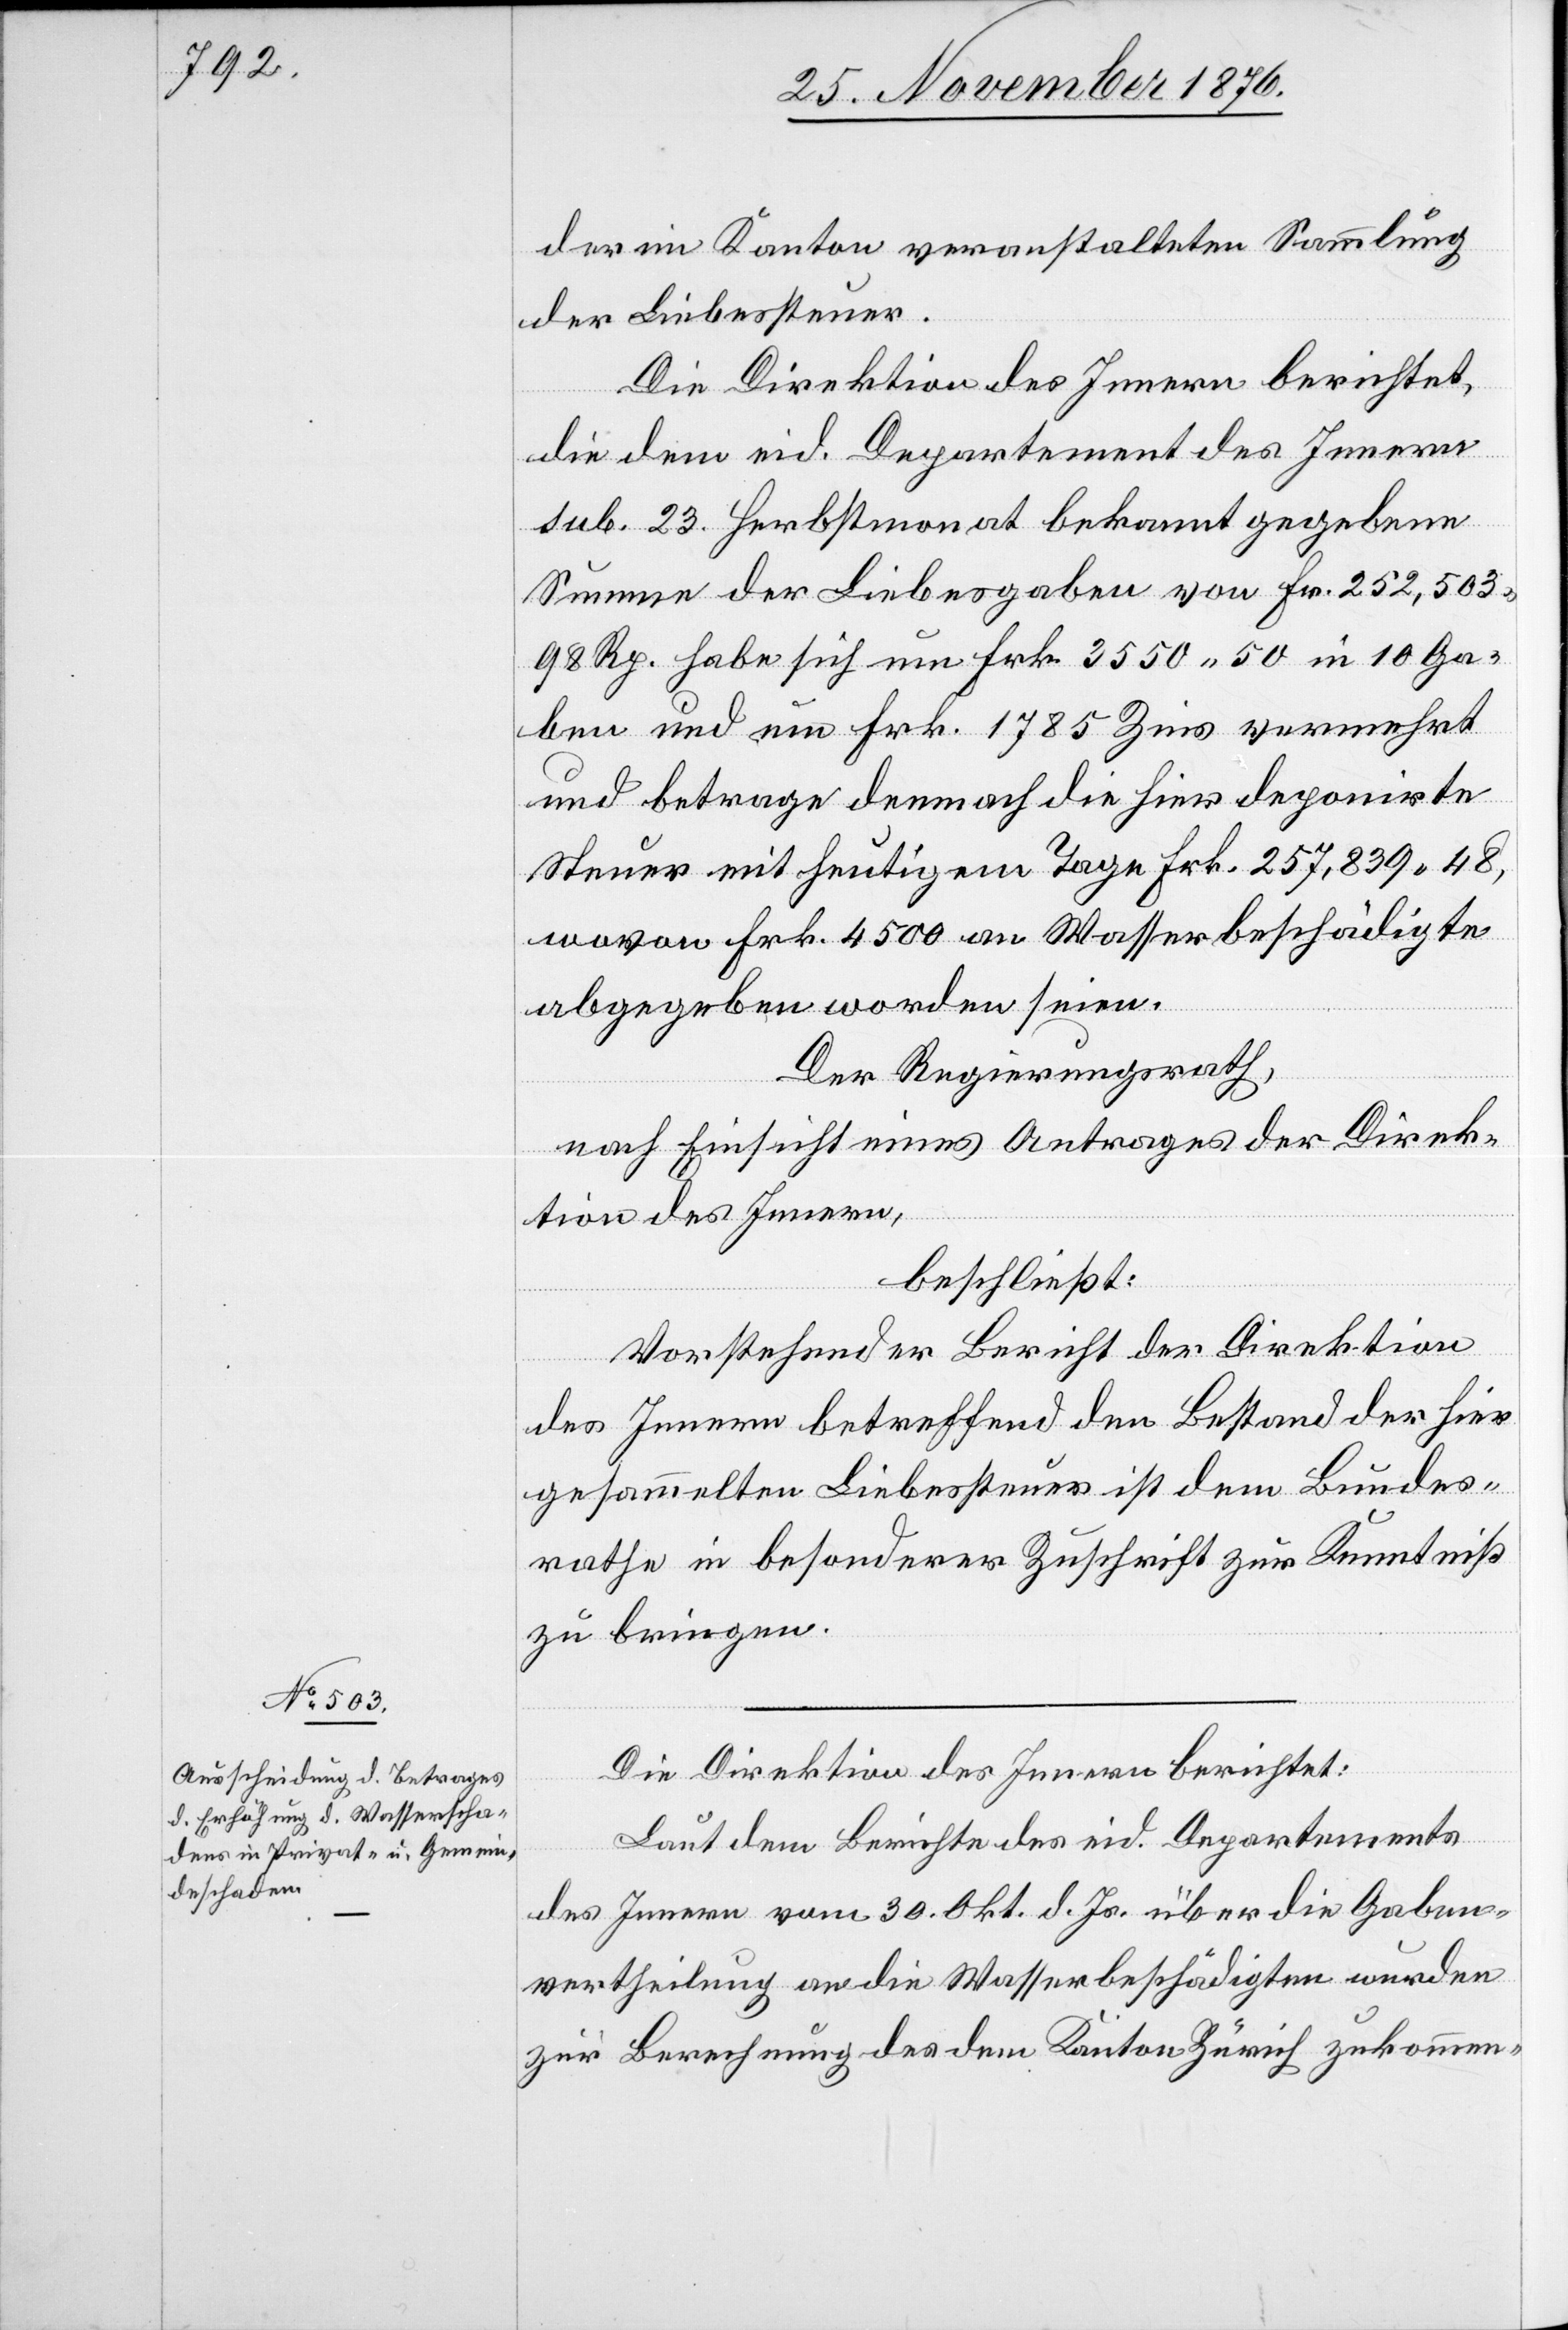
der im Kanton veranstalteten Sammlung
der Liebessteuer.
Die Direktion des Innern berichtet,
die dem eid. Departement des Innern
sub. 23. Herbstmonat bekannt gegebene
Summe der Liebesgaben von Frk. 252,503
98 Rp. habe sich um Frk. 3550 50 in 10 Ga¬
ben und um Frk. 1785 Zins vermehrt
und betrage demnach die hier deponirte
Steuer mit heutigem Tage Frk. 257,839 48,
wovon Frk. 4500 an Wasserbeschädigte
abgegeben worden seien.
Der Regierungsrath,
nach Einsicht eines Antrages der Direk¬
tion des Innern,
beschließt:
Vorstehender Bericht der Direktion
des Innern betreffend den Bestand der hier
gesammelten Liebessteuer ist dem Bundes¬
rathe in besonderer Zuschrift zur Kenntniß
zu bringen.
Die Direktion des Innern berichtet:
Laut dem Berichte des eid. Departement
des Innern vom 30. Okt. d. Js. über die Gaben¬
vertheilung an die Wasserbeschädigten wurden
zur Berechnung des dem Kanton Zürich zukommen-